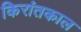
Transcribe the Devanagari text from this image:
किरांतकाल